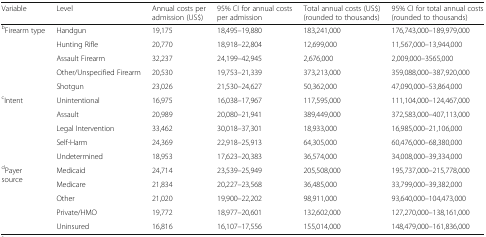
<table><thead><tr><td><b>Variable</b></td><td><b>Level</b></td><td><b>Annual costs per admission (US$)</b></td><td><b>95% CI for annual costs per admission</b></td><td><b>Total annual costs (US$) (rounded to thousands)</b></td><td><b>95% CI for total annual costs (rounded to thousands)</b></td></tr></thead><tbody><tr><td rowspan="5"><sup>b</sup>Firearm type</td><td>Handgun</td><td>19,175</td><td>18,495–19,880</td><td>183,241,000</td><td>176,743,000–189,979,000</td></tr><tr><td>Hunting Rifle</td><td>20,770</td><td>18,918–22,804</td><td>12,699,000</td><td>11,567,000–13,944,000</td></tr><tr><td>Assault Firearm</td><td>32,237</td><td>24,199–42,945</td><td>2,676,000</td><td>2,009,000–3565,000</td></tr><tr><td>Other/Unspecified Firearm</td><td>20,530</td><td>19,753–21,339</td><td>373,213,000</td><td>359,088,000–387,920,000</td></tr><tr><td>Shotgun</td><td>23,026</td><td>21,530–24,627</td><td>50,362,000</td><td>47,090,000–53,864,000</td></tr><tr><td rowspan="5"><sup>c</sup>Intent</td><td>Unintentional</td><td>16,975</td><td>16,038–17,967</td><td>117,595,000</td><td>111,104,000–124,467,000</td></tr><tr><td>Assault</td><td>20,989</td><td>20,080–21,941</td><td>389,449,000</td><td>372,583,000–407,113,000</td></tr><tr><td>Legal Intervention</td><td>33,462</td><td>30,018–37,301</td><td>18,933,000</td><td>16,985,000–21,106,000</td></tr><tr><td>Self-Harm</td><td>24,369</td><td>22,918–25,913</td><td>64,305,000</td><td>60,476,000–68,380,000</td></tr><tr><td>Undetermined</td><td>18,953</td><td>17,623–20,383</td><td>36,574,000</td><td>34,008,000–39,334,000</td></tr><tr><td rowspan="5"><sup>d</sup>Payer source</td><td>Medicaid</td><td>24,714</td><td>23,539–25,949</td><td>205,508,000</td><td>195,737,000–215,778,000</td></tr><tr><td>Medicare</td><td>21,834</td><td>20,227–23,568</td><td>36,485,000</td><td>33,799,000–39,382,000</td></tr><tr><td>Other</td><td>21,020</td><td>19,900–22,202</td><td>98,911,000</td><td>93,640,000–104,473,000</td></tr><tr><td>Private/HMO</td><td>19,772</td><td>18,977–20,601</td><td>132,602,000</td><td>127,270,000–138,161,000</td></tr><tr><td>Uninsured</td><td>16,816</td><td>16,107–17,556</td><td>155,014,000</td><td>148,479,000–161,836,000</td></tr></tbody></table>